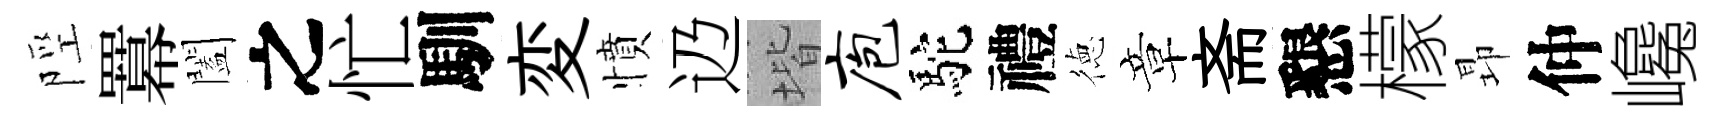
陘羃闔之忙馴変憤辸堦庖駝禮徳章斋懇檬昻仲巉